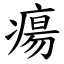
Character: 瘍